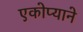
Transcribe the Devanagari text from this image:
एकोप्याने